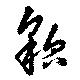
貌